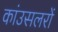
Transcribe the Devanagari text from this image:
कांउसलरों